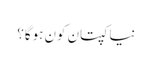
نیا کپتان کون ہوگا؟